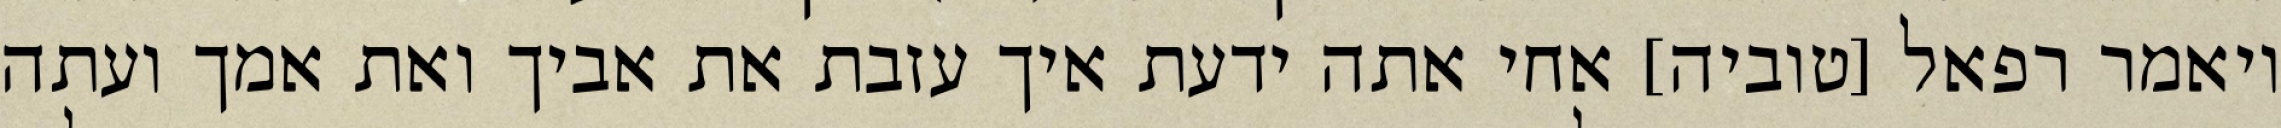
ויאמר רפאל [טוביה] אחי אתה ידעת איך עזבת את אביך ואת אמך ועתה